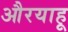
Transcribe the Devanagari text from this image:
औरयाहू